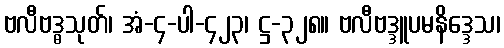
ဗလီဗဒ္ဓသုတ်၊ အံ-၄-ပါ-၄၂၃၊ ဋ္ဌ-၃၂၈။ ဗလီဗဒ္ဒူပမနိဒ္ဒေသ၊